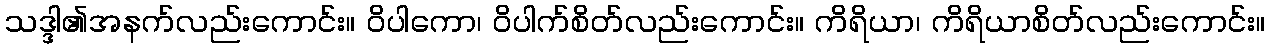
သဒ္ဒါ၏အနက်လည်းကောင်း။ ဝိပါကော၊ ဝိပါက်စိတ်လည်းကောင်း။ ကိရိယာ၊ ကိရိယာစိတ်လည်းကောင်း။